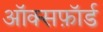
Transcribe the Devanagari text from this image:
ऑक्सफ़ॉर्ड